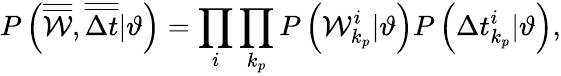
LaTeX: P\left(\overline{{\overline{{\mathcal{W}}}}},\overline{{\overline{{\Delta t}}}}|\vartheta\right)=\prod_{i}\prod_{k_{p}}P\left(\mathcal{W}_{k_{p}}^{i}|\vartheta\right)P\left(\Delta t_{k_{p}}^{i}|\vartheta\right),